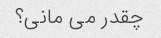
چقدر می مانی؟